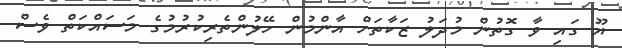
ޔޫ ގައި ވާ ގޮތުން މުދަލު ޒަކާތަށް އާންމުން ހޭލުންތެރިކުރުމުގެ މަސައްކަތް ވެސް